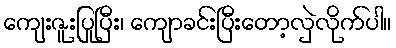
ကျေးဇူးပြုပြီး၊ ကျောခင်းပြီးတော့လှဲလိုက်ပါ။